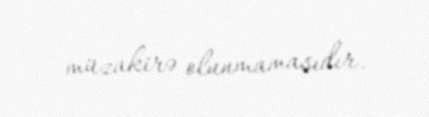
müzakirə olunmamasıdır.